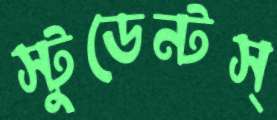
স্টুডেন্টস্